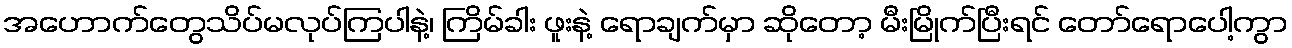
အဟောက်တွေသိပ်မလုပ်ကြပါနဲ့၊ ကြိမ်ခါး ဖူးနဲ့ ရောချက်မှာ ဆိုတော့ မီးမြိုက်ပြီးရင် တော်ရောပေါ့ကွာ